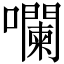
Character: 㘓